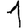
Digit: 1